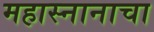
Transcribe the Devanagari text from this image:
महास्नानाचा